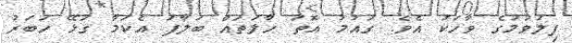
ފިލުވުމުގެ ވާހަކަ އެވެ. ގައުމު އޮތަ ހާލަތައް ބަލާފަ އެކަމާ ގުޅޭ ހަބަރު